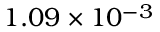
1 . 0 9 \times 1 0 ^ { - 3 }